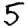
Digit: 5